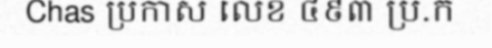
Chas ប្រកាស លេខ ៤៩៣ ប្រ.ក